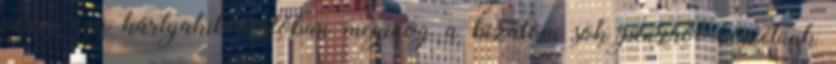
pedig egy kártyakibocsátóban meginog a bizalom sok pénzről beszélünk